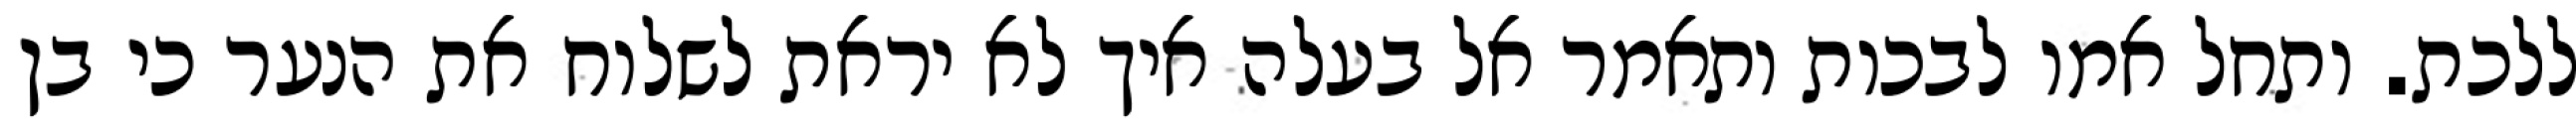
ללכת. ותחל אמו לבכות ותאמר אל בעלה איך לא יראת לשלוח את הנער כי בן